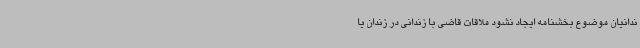
ندانیان موضوع بخشنامه ایجاد نشود ملاقات قاضی با زندانی در زندان یا